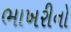
ભાખરીનો